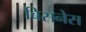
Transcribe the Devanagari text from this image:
बिसनेस